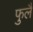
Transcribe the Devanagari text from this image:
फुलै